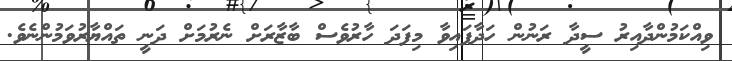
ވިއްކަމުންދާއިރު ސީދާ ރަނުން ހަދާފައިވާ މިފަދަ ހާރުވެސް ބާޒާރަށް ނެރުމަށް ދަނީ ތައްޔާރުވަމުންނެވެ.